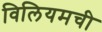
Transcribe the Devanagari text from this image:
विलियमची